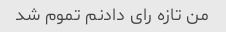
من تازه رای دادنم تموم شد